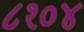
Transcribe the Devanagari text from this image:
८१०४